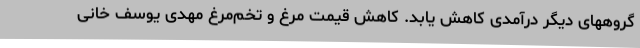
گروههای دیگر درآمدی کاهش یابد. کاهش قیمت مرغ و تخم‌مرغ مهدی یوسف خانی